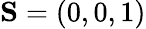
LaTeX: {\mathbf S}=(0,0,1)